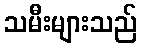
သမီးများသည်